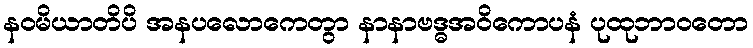
နဝမိယာတိပိ အနပလောကေတွာ နာနာဗဒ္ဓအဝိကောပနံ ပုထုဘာဝတော